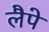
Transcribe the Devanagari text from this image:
लैपे